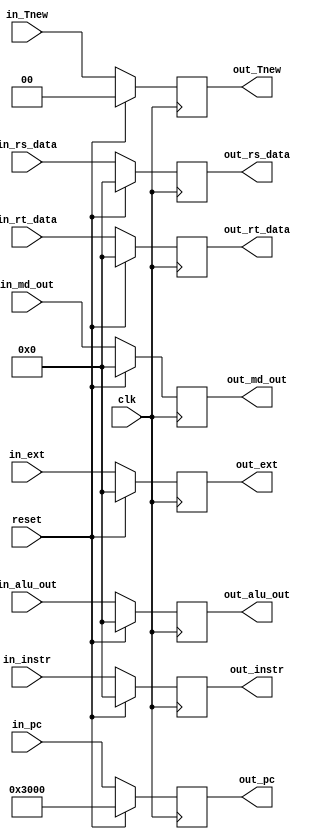
module M_reg (
    input clk,
    input reset,

    input [31:0] in_pc,
    input [31:0] in_instr,
    input [31:0] in_rs_data,
    input [31:0] in_rt_data,
    input [31:0] in_ext,
    input [31:0] in_alu_out,
    input [31:0] in_md_out,
    input [ 1:0] in_Tnew,

    output [31:0] out_pc,
    output [31:0] out_instr,
    output [31:0] out_rs_data,
    output [31:0] out_rt_data,
    output [31:0] out_ext,
    output [31:0] out_alu_out,
    output [31:0] out_md_out,
    output [ 1:0] out_Tnew
);
    reg [31:0] pc_M;
    reg [31:0] instr_M;
    reg [31:0] rs_data_M;
    reg [31:0] rt_data_M;
    reg [31:0] ext_M;
    reg [31:0] alu_out_M;
    reg [31:0] md_out_M;
    reg [ 1:0] Tnew_M;

    assign out_pc      = pc_M;
    assign out_instr   = instr_M;
    assign out_rs_data = rs_data_M;
    assign out_rt_data = rt_data_M;
    assign out_ext     = ext_M;
    assign out_alu_out = alu_out_M;
    assign out_md_out  = md_out_M;
    assign out_Tnew    = Tnew_M;

    always @(posedge clk) begin
        if (reset) begin
            pc_M      <= 32'h3000;
            instr_M   <= 32'b0;
            rs_data_M <= 32'b0;
            rt_data_M <= 32'b0;
            ext_M     <= 32'b0;
            alu_out_M <= 32'b0;
            md_out_M  <= 32'b0;
            Tnew_M    <= 2'b0;
        end else begin
            pc_M      <= in_pc;
            instr_M   <= in_instr;
            rs_data_M <= in_rs_data;
            rt_data_M <= in_rt_data;
            ext_M     <= in_ext;
            alu_out_M <= in_alu_out;
            md_out_M  <= in_md_out;
            Tnew_M    <= in_Tnew;
        end
    end
endmodule